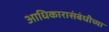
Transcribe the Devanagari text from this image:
आधिकारासंबंधीच्या